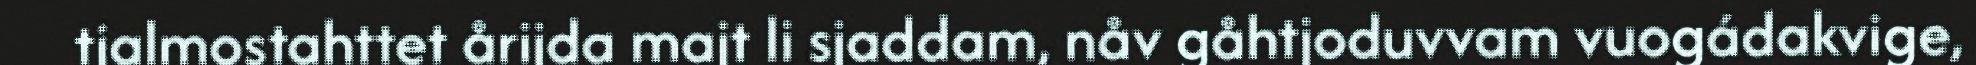
tjalmostahttet årijda majt li sjaddam, nåv gåhtjoduvvam vuogádakvige,